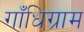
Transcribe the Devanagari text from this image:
गाँधिग्राम